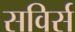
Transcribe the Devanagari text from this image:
सविर्स